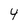
Character: 4